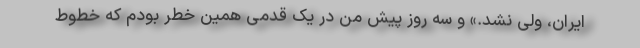
ایران، ولی نشد.» و سه روز پیش من در یک قدمی همین خطر بودم که خطوط